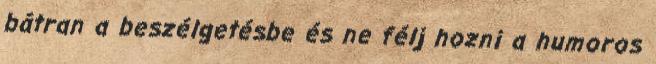
bátran a beszélgetésbe és ne félj hozni a humoros